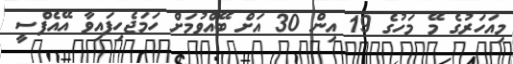
މިއަހަރުގެ މޭ މަހުގެ 19 އިން 30 އަށް ބޭއްވުމަށް ހަމަޖެހިފައިވާ އޭއެފްސީ